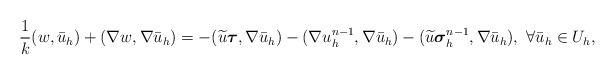
LaTeX: \begin{align*}\displaystyle\frac{1}{k}(w,\bar{u}_h)+ (\nabla w, \nabla \bar{u}_h)=-(\widetilde{u}{\boldsymbol \tau},\nabla\bar{u}_h)-(\nabla u^{n-1}_h, \nabla\bar{u}_h)-(\widetilde{u}{\boldsymbol \sigma}^{n-1}_h,\nabla\bar{u}_h), \ \forall \bar{u}_h\in U_h,\end{align*}